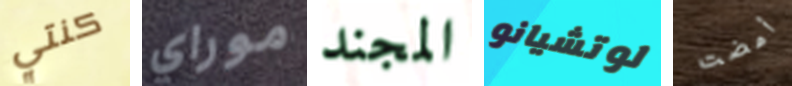
كنتي موراي المجند لوتشيانو أمضت